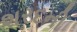
શરદની